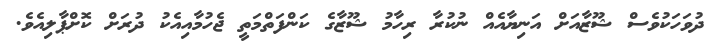
ދުވަހަކުވެސް ޝޫޒާއަށް އަނިޔާއެއް ނުކުރާ ރިހާމު ޝޫޒާގެ ކަންފަތްމަތީ ޖެހުމާއިއެކު ދުރަށް ކޮށްޕާލިއެވެ.